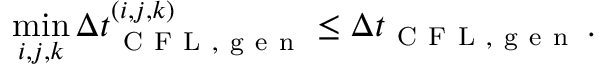
\operatorname* { m i n } _ { i , j , k } \Delta t _ { \mathrm { ~ C ~ F ~ L ~ , ~ g ~ e ~ n ~ } } ^ { ( i , j , k ) } \le \Delta t _ { \mathrm { ~ C ~ F ~ L ~ , ~ g ~ e ~ n ~ } } \, .